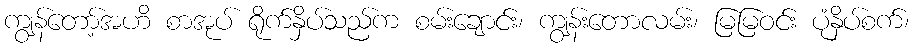
ကျွန်တော့်အဟိ စာအုပ် ရိုက်နှိပ်သည်က စမ်းချောင်း၊ ကျွန်းတောလမ်း၊ မြမြဝင်း ပုံနှိပ်စက်၊